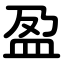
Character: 盈